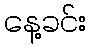
နေ့ခင်း